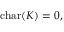
{ \mathrm { c h a r } } ( K ) = 0 ,